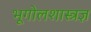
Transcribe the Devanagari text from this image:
भूगोलशास्त्रज्ञ